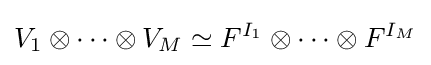
V_{1}\otimes \cdots \otimes V_{M}\simeq F^{I_{1}}\otimes \cdots \otimes F^{I_{M}}